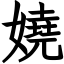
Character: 嬈